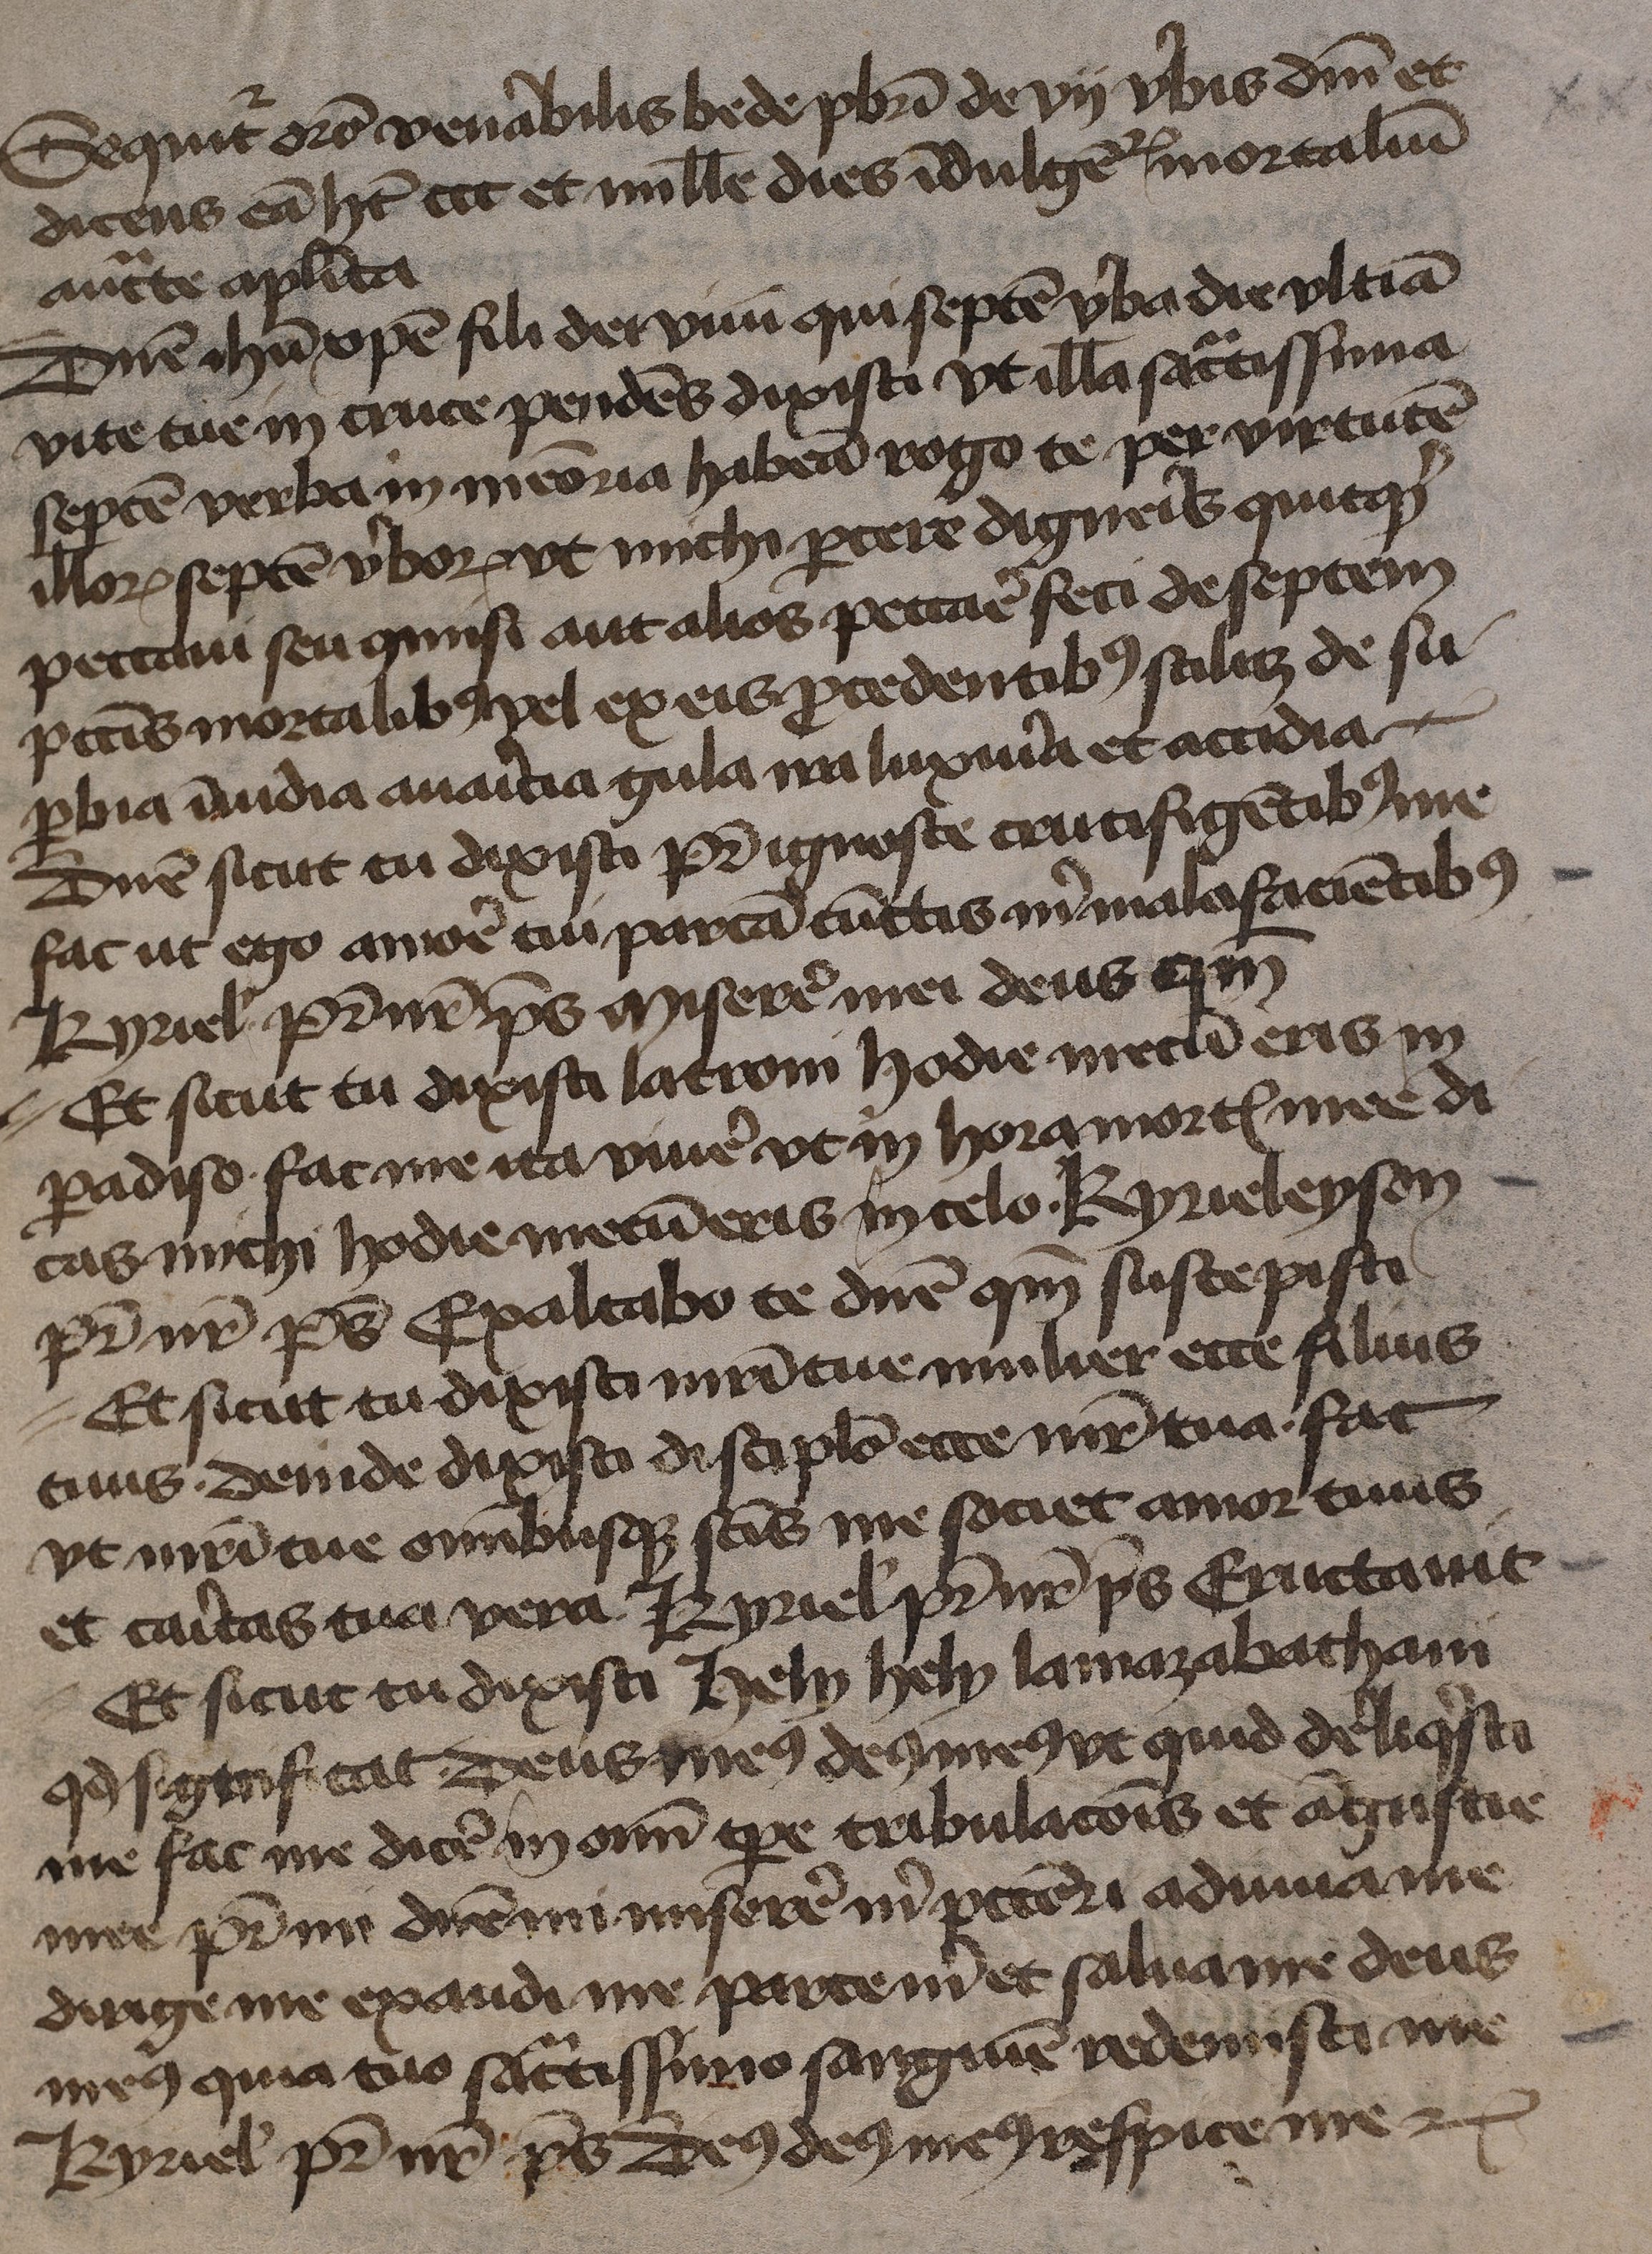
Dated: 1375–1499